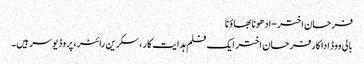
فرحان اختر-ادھونا بھاؤنا
بالی ووڈ اداکارفرحان اختر ایک فلم ہدایت کار، سکرین رائٹر، پروڈ یوسر ہیں۔